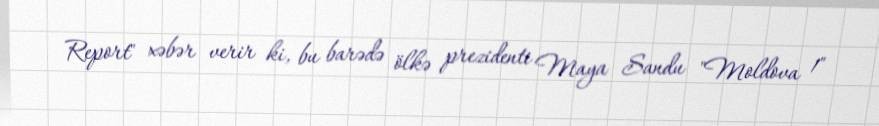
Report" xəbər verir ki, bu barədə ölkə prezidenti Maya Sandu "Moldova 1"